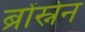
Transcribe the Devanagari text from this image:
ब्रोंस्नेन